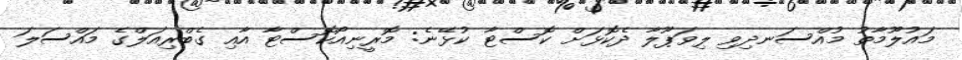
މައުލޫމާތު މުއްސަނދިވި ލިވަޕޫލާ ދެކޮޅަށް ކޮސްޓާ ކުޅޭނެ: މޮރީނިއޯކޮސްޓާ އާއި ގެބްރިއަލްގެ މައްސަލަ